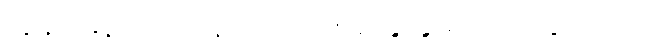
ကျွန်မ နောက်ကနေ ကြည့်ရင်း ခပ်ခွာခွာမှ လိုက်သွားသည်။